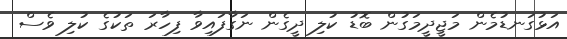
އަޅުގަނޑުމެން މަޖީދީމަގުން ބޮޑު ކުލި ދީގެން ނަގާފައިވާ ފިހާރަ ތަކުގެ ކުލި ވެސް